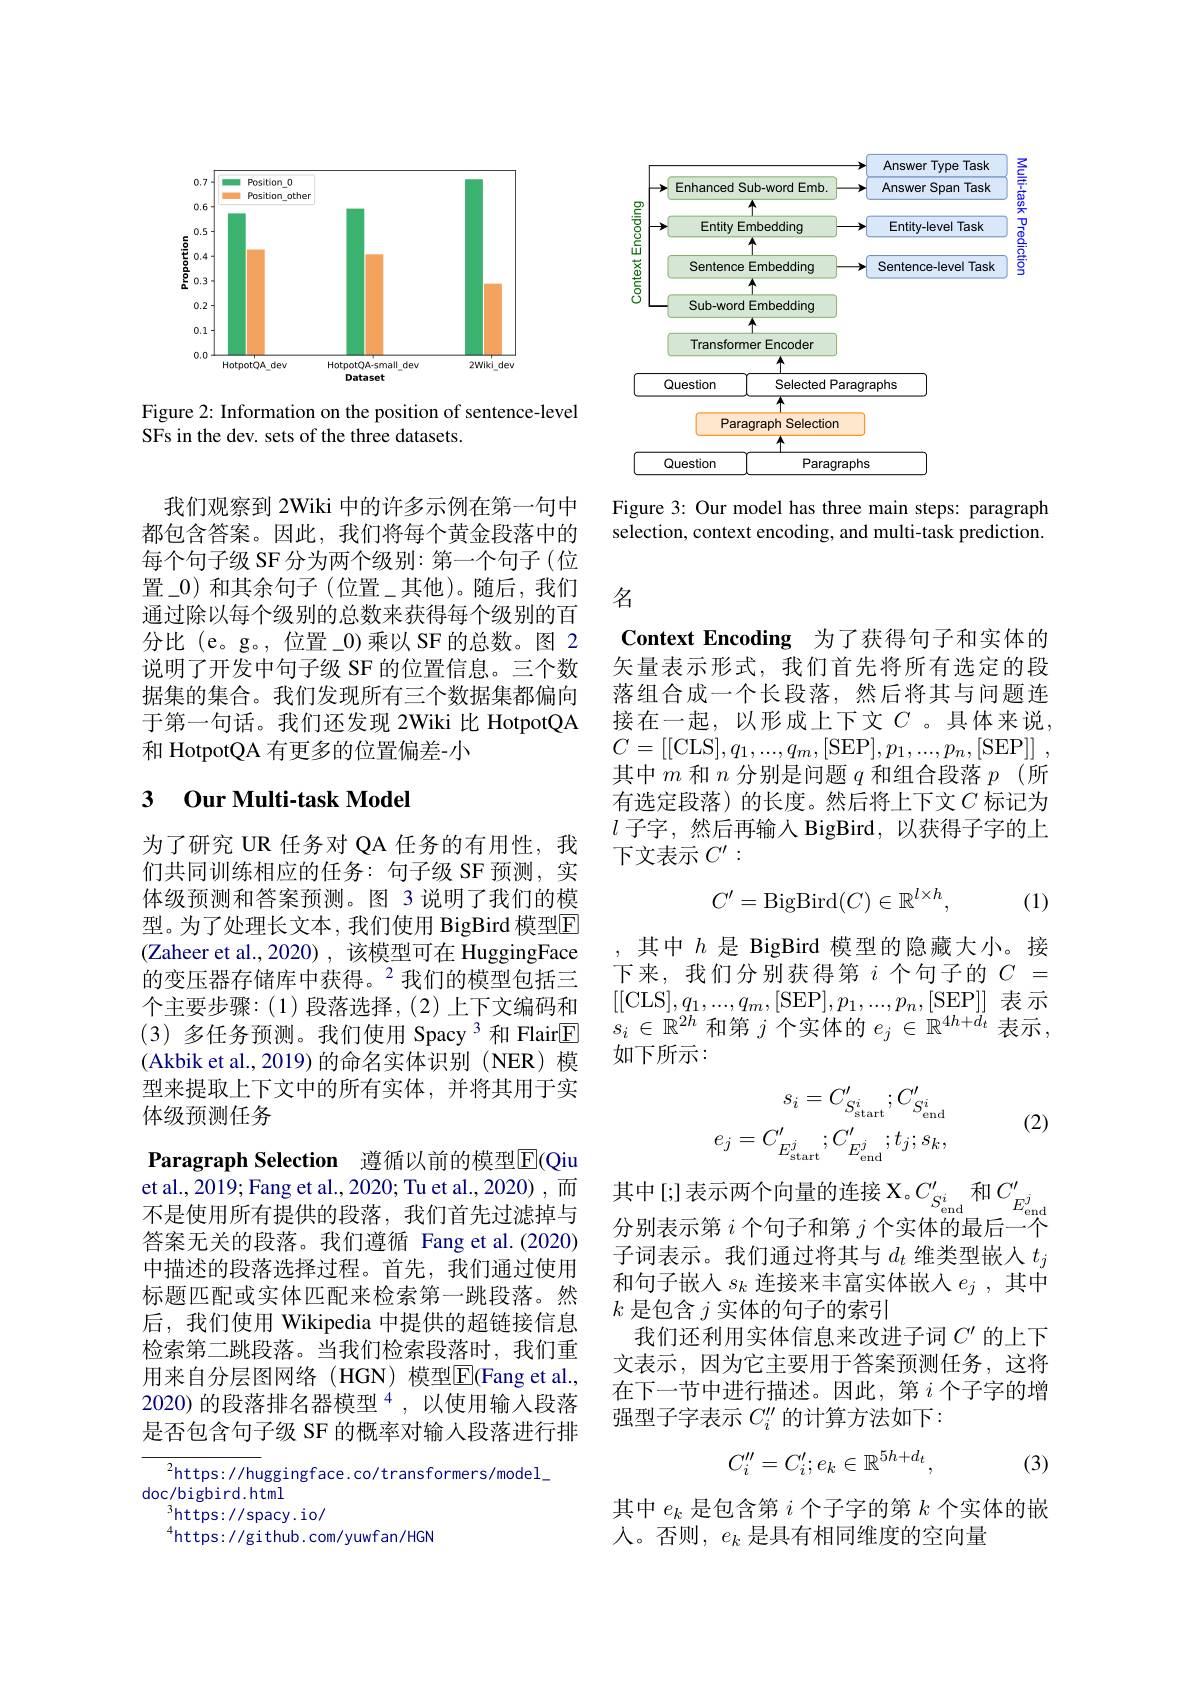
<FigureHere>

Figure 2: Information on the position of sentence-level
SFs in the dev. sets of the three datasets.

我们观察到 2Wiki 中的许多示例在第一句中都包含答案。因此，我们将每个黄金段落中的每个句子级 SF 分为两个级别：第一个句子(位置\_0)和其余句子(位置\_其他)。随后，我们通过除以每个级别的总数来获得每个级别的百分比 (e。g。, 位置\_0)乘以 SF 的总数。图 2说明了开发中句子级 SF 的位置信息。三个数据集的集合。我们发现所有三个数据集都偏向于第一句话。我们还发现 2Wiki 比 HotpotQA 和 HotpotQA 有更多的位置偏差-小

### 3 0ur Multi-task Model

为了研究 UR 任务对 QA 任务的有用性，我们共同训练相应的任务：句子级 SF 预测，实体级预测和答案预测。图 3 说明了我们的模型。为了处理长文本，我们使用 BigBird 模型E (Zaheer et al.,2020) ,该模型可在 HuggingFace 的变压器存储库中获得。$^2$我们的模型包括三个主要步骤：(1)段落选择，(2)上下文编码和$(3)\not{\text{多任务预测。我们使用 Spacy}}^{3}$和 Flair$\boxed{\mathrm{E}}$ (Akbik et al., 2019)的命名实体识别(NER)模(Akbik et al., 2019)的命名实体识别(NER)模型来提取上下文中的所有实体，并将其用于实体级预测任务
Paragraph Selection 遵循以前的模型E(Qiu et al., 2019; Fang et al., 2020; Tu et al., 2020) , 而不是使用所有提供的段落，我们首先过滤掉与答案无关的段落。我们遵循 Fang et al.(2020) 中描述的段落选择过程。首先，我们通过使用标题匹配或实体匹配来检索第一跳段落。然后，我们使用 Wikipedia 中提供的超链接信息检索第二跳段落。当我们检索段落时，我们重用来自分层图网络(HGN)模型E(Fang et al., 2020) 的段落排名器模型$^{4}$,以使用输入段落是否包含句子级 SF 的概率对输人段落进行排${^{2}\mathrm{https://huggingface.co/transformers/model}}$

doc/bigbird.html
$^3$https://spacy.io/
$^{4}$https://github.com/yuwfan/HGN

<FigureHere>

Figure 3: Our model has three main steps: paragraph selection, context encoding, and multi-task prediction.

名

Context Encoding 为了获得句子和实体的矢量表示形式，我们首先将所有选定的段落组合成一个长段落，然后将其与问题连接在一起，以形成上下文$C$。具体来说， $C=[[$CLS$],q_1,...,q_m,[$SEP$],p_1,...,p_n,[$SEP]] , 其中$m$和$n$分别是问题$q$和组合段落$p$ (所有选定段落)的长度。然后将上下文$C$ 标记为$l$子字，然后再输入 BigBird,以获得子字的上下文表示$C^\prime:$
$$C'=\mathrm{BigBird}(C)\in\mathbb{R}^{l\times h},$$
(1)

,其中$h$是 BigBird 模型的隐藏大小。接下来，我们分别获得第$i$个句子的$C=$ [[CLS$],q_1,...,q_m,[$SEP$],p_1,...,p_n,[$SEP]]表示$s_i\in\mathbb{R}^{2h}$和第$j$个实体的$e_j\in\mathbb{R}^4h+\bar{d}_t$表示， 如下所示：

(2)
$$\begin{aligned}s_i&=C_{S_{\mathrm{start}}^i}^\prime;C_{S_{\mathrm{end}}^i}^\prime\\e_j&=C_{E_{\mathrm{start}}^j}^\prime;C_{E_{\mathrm{end}}^j}^\prime;t_j;s_k,\end{aligned}$$
其中[;]表示两个向量的连接 X。$C_{S_\mathrm{end}^i}^{\prime}$和$C_{E_\mathrm{end}^j}^{\prime}$ 分别表示第$i$ 个 句 子 和 第 $j$ 个 实 体 的 最 后 一 个 子词表示。我们通过将其与$d_t$维类型嵌人$t_j$ 和句子嵌入$s_k$连接来丰富实体嵌人$e_j$,其中$k$是包含$j$实体的句子的索引
我们还利用实体信息来改进子词$C^{\prime}$的上下文表示，因为它主要用于答案预测任务，这将在下一节中进行描述。因此，第$i$个子字的增强型子字表示$C_i^{\prime\prime}$的计算方法如下：
$$C''_i=C'_i;e_k\in\mathbb{R}^{5h+d_t},$$
(3)

其中$e_k$是包含第$i$个子字的第$k$个实体的嵌
人。否则，$e_k$是具有相同维度的空向量